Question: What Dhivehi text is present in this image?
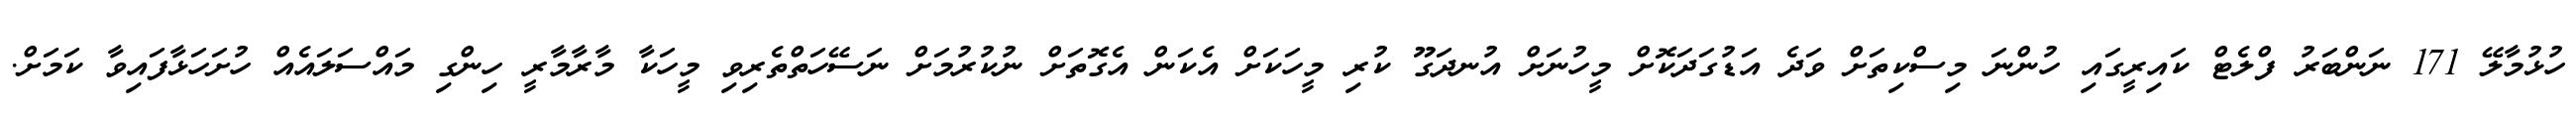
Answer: ހުޅުމާލޭ 171 ނަންބަރު ފްލެޓް ކައިރީގައި ހުންނަ މިސްކިތަށް ވަދެ އަޑުގަދަކޮށް މީހުނަށް އުނދަގޫ ކުރި މީހަކަށް އެކަން އެގޮތަށް ނުކުރުމަށް ނަސޭހަތްތެރިވި މީހަކާ މާރާމާރީ ހިންގި މައްސަލައެއް ހުށަހަޅާފައިވާ ކަމަށް.